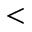
<